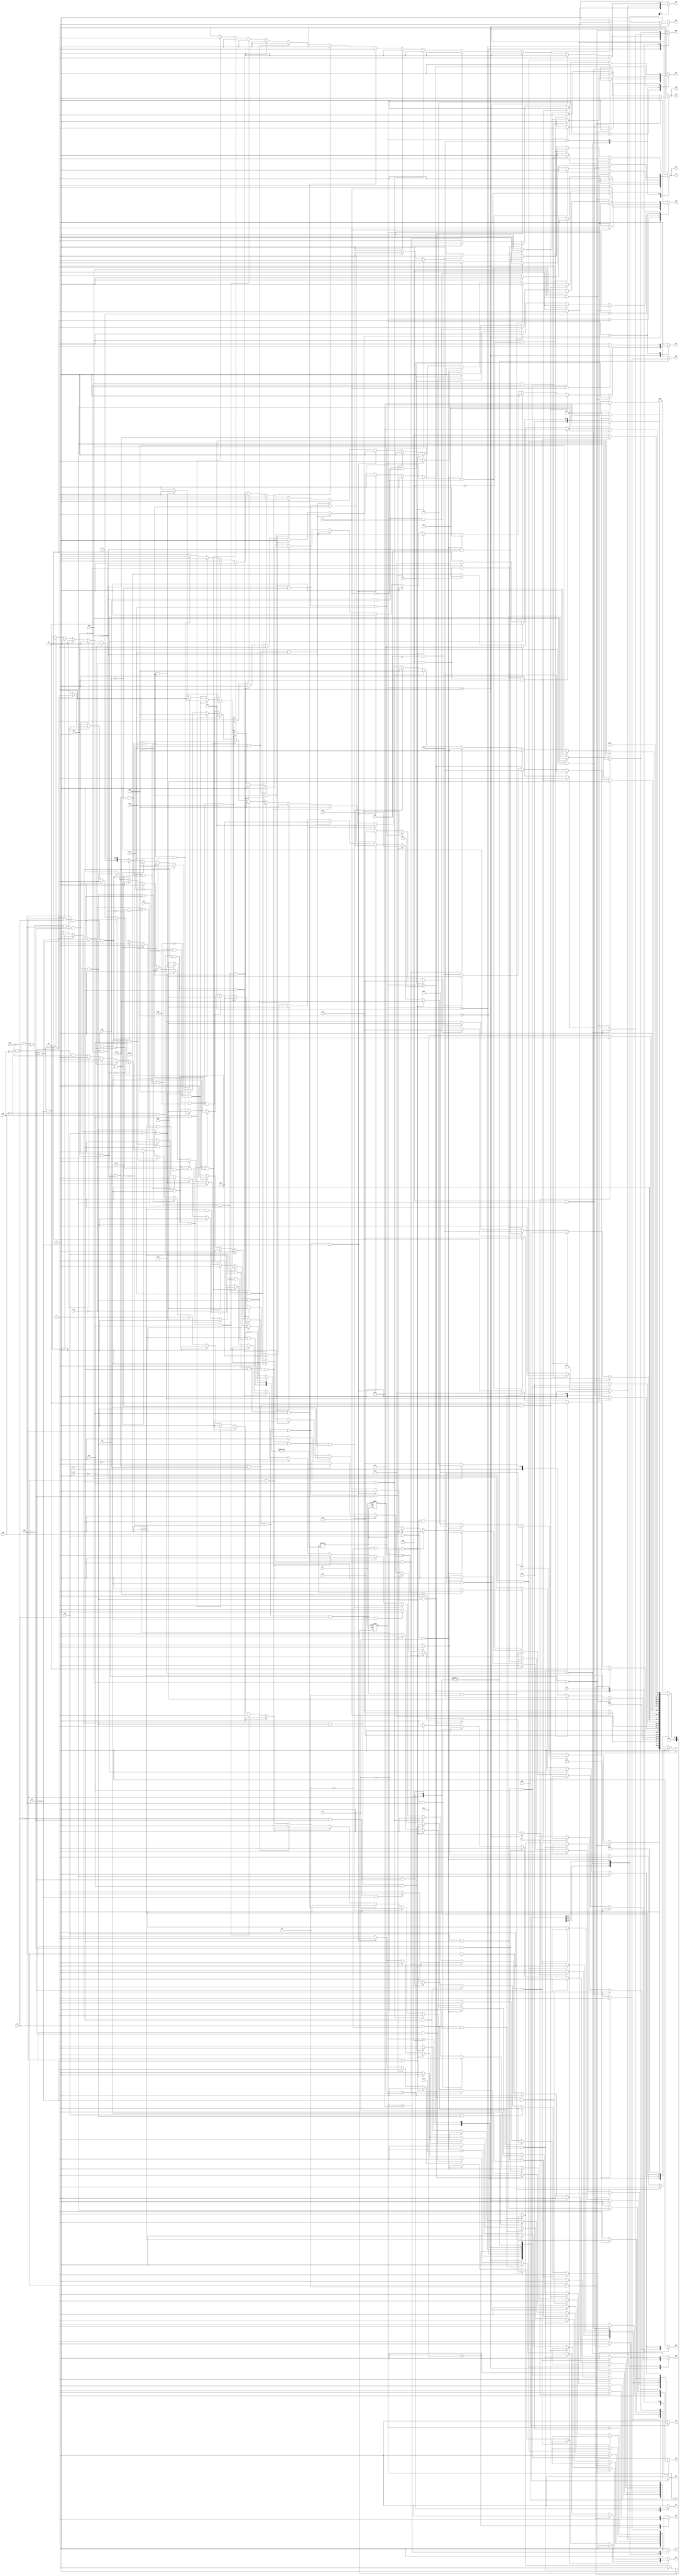
module pilot ( clk,rst,
	x1, x2, x3, x4, x5, x6, x7, x8, x9, x10, x11, x12, x13, x14, x15,
	x16, x17, x18, x19, x20, x21, x22, x24, x25, x26, x27, 
	y1, y2, y3, y4, y5, y6, y7, y8, y11, y12, y13, y14, y15,
	y16, y17, y18, y19, y20, y21, y22);

input clk, rst, x1, x2, x3, x4, x5, x6, x7, x8, x9, x10, x11, x12, x13, x14, x15,
	x16, x17, x18, x19, x20, x21, x22, x24, x25, x26, x27;
output y1, y2, y3, y4, y5, y6, y7, y8, y11, y12, y13, y14, y15,
	y16, y17, y18, y19, y20, y21, y22;
reg y1, y2, y3, y4, y5, y6, y7, y8, y11, y12, y13, y14, y15,
	y16, y17, y18, y19, y20, y21, y22;

parameter s1=1, s2=2, s3=3, s4=4, s5=5, s6=6, s7=7, s8=8, s9=9, s10=10, s11=11, s12=12, s13=13, s14=14, s15=15, s16=16, s17=17, s18=18;
integer pr_state;
integer nx_state;
integer trojan_count;

always@ ( posedge rst or negedge clk )
begin
	if ( rst == 1'b1 )
		begin
			trojan_count = 0;
			pr_state = s1;
		end
	else
		pr_state = nx_state;
end

always@ ( pr_state or x1 or x2 or x3 or x4 or x5 or x6 or x7 or x8 or x9 or x10 or x11 or x12 or x13 or x14 or x15 or 
	x16 or x17 or x18 or x19 or x20 or x21 or x22 or x24 or x25 or x26 or x27)
	begin
			y1 = 1'b0;	y2 = 1'b0;	y3 = 1'b0;	y4 = 1'b0;	
			y5 = 1'b0;	y6 = 1'b0;	y7 = 1'b0;	y8 = 1'b0;	
			y11 = 1'b0;	y12 = 1'b0;	y13 = 1'b0;	y14 = 1'b0;	
			y15 = 1'b0;	y16 = 1'b0;	y17 = 1'b0;	y18 = 1'b0;	
			y19 = 1'b0;	y20 = 1'b0;	y21 = 1'b0;	y22 = 1'b0;	
		case ( pr_state )
				s1 : if( x1 && x25 )
						begin
							y11 = 1'b1;	y14 = 1'b1;	y15 = 1'b1;	
							nx_state = s2;
						end
					else if( x1 && ~x25 && x26 && x27 )
						begin
							y14 = 1'b1;	
							nx_state = s3;
						end
					else if( x1 && ~x25 && x26 && ~x27 && x2 && x4 )
						begin
							y2 = 1'b1;	y4 = 1'b1;	
							nx_state = s4;
						end
					else if( x1 && ~x25 && x26 && ~x27 && x2 && ~x4 && x5 )
						begin
							y1 = 1'b1;	y5 = 1'b1;	
							nx_state = s4;
						end
					else if( x1 && ~x25 && x26 && ~x27 && x2 && ~x4 && ~x5 )
						begin
							y4 = 1'b1;	y5 = 1'b1;	
							nx_state = s5;
						end
					else if( x1 && ~x25 && x26 && ~x27 && ~x2 && x3 )
						begin
							y2 = 1'b1;	y3 = 1'b1;	
							nx_state = s6;
						end
					else if( x1 && ~x25 && x26 && ~x27 && ~x2 && ~x3 )
						begin
							y1 = 1'b1;	y3 = 1'b1;	
							nx_state = s6;
						end
					else if( x1 && ~x25 && ~x26 && x27 && x14 && x12 )
						begin
							y12 = 1'b1;	
							nx_state = s7;
						end
					else if( x1 && ~x25 && ~x26 && x27 && x14 && ~x12 )
						begin
							y7 = 1'b1;	y8 = 1'b1;	
							nx_state = s1;
						end
					else if( x1 && ~x25 && ~x26 && x27 && ~x14 && x15 && x12 )
						begin
							y12 = 1'b1;	
							nx_state = s7;
						end
					else if( x1 && ~x25 && ~x26 && x27 && ~x14 && x15 && ~x12 )
						begin
							y7 = 1'b1;	y8 = 1'b1;	
							nx_state = s1;
						end
					else if( x1 && ~x25 && ~x26 && x27 && ~x14 && ~x15 && x16 && x12 )
						begin
							y12 = 1'b1;	
							nx_state = s7;
						end
					else if( x1 && ~x25 && ~x26 && x27 && ~x14 && ~x15 && x16 && ~x12 )
						begin
							y7 = 1'b1;	y8 = 1'b1;	
							nx_state = s1;
						end
					else if( x1 && ~x25 && ~x26 && x27 && ~x14 && ~x15 && ~x16 )
						begin
							y19 = 1'b1;	
							nx_state = s8;
						end
					else if( x1 && ~x25 && ~x26 && ~x27 && x12 )
						begin
							y7 = 1'b1;	y8 = 1'b1;	
							nx_state = s1;
						end
					else if( x1 && ~x25 && ~x26 && ~x27 && ~x12 )
						begin
							y16 = 1'b1;	
							nx_state = s9;
						end
					else if( ~x1 )
						nx_state = s1;
					else nx_state = s1;
				s2 : if( 1'b1 )
						begin
							y12 = 1'b1;	
							nx_state = s7;
						end
					else nx_state = s2;
				s3 : if( x7 )
						begin
							y12 = 1'b1;	
							nx_state = s7;
						end
					else if( ~x7 )
						begin
							y7 = 1'b1;	y8 = 1'b1;	
							nx_state = s1;
						end
					else nx_state = s3;
				s4 : if( 1'b1 )
						begin
							y6 = 1'b1;	
							nx_state = s10;
						end
					else nx_state = s4;
				s5 : if( x25 && x9 )
						begin
							y7 = 1'b1;	y8 = 1'b1;	
							nx_state = s1;
						end
					else if( x25 && ~x9 )
						begin
							y13 = 1'b1;	
							nx_state = s11;
						end
					else if( ~x25 )
						begin
							y7 = 1'b1;	y8 = 1'b1;	
							nx_state = s1;
						end
					else nx_state = s5;
				s6 : if( x2 && x4 )
						begin
							y2 = 1'b1;	y4 = 1'b1;	
							nx_state = s4;
						end
					else if( x2 && ~x4 && x5 )
						begin
							y1 = 1'b1;	y5 = 1'b1;	
							nx_state = s4;
						end
					else if( x2 && ~x4 && ~x5 )
						begin
							y4 = 1'b1;	y5 = 1'b1;	
							nx_state = s5;
						end
					else if( ~x2 && x3 )
						begin
							y2 = 1'b1;	y3 = 1'b1;	
							nx_state = s6;
						end
					else if( ~x2 && ~x3 )
						begin
							y1 = 1'b1;	y3 = 1'b1;	
							nx_state = s6;
						end
					else nx_state = s6;
				s7 : if( x25 && x7 )
						begin
							y16 = 1'b1;	
							nx_state = s9;
						end
					else if( x25 && ~x7 )
						begin
							y12 = 1'b1;	
							nx_state = s7;
						end
					else if( ~x25 && x26 && x7 )
						begin
							y12 = 1'b1;	
							nx_state = s7;
						end
					else if( ~x25 && x26 && ~x7 )
						begin
							y7 = 1'b1;	y8 = 1'b1;	
							nx_state = s1;
						end
					else if( ~x25 && ~x26 && x12 )
						begin
							y12 = 1'b1;	
							nx_state = s7;
						end
					else if( ~x25 && ~x26 && ~x12 )
						begin
							y7 = 1'b1;	y8 = 1'b1;	
							nx_state = s1;
						end
					else nx_state = s7;
				s8 : if( x17 && x18 && x19 )
						begin
							y4 = 1'b1;	y5 = 1'b1;	y17 = 1'b1;	
							y20 = 1'b1;	
							nx_state = s12;
						end
					else if( x17 && x18 && ~x19 )
						begin
							y2 = 1'b1;	
							nx_state = s8;
						end
					else if( x17 && ~x18 )
						begin
							y1 = 1'b1;	
							nx_state = s8;
						end
					else if( ~x17 && x18 )
						begin
							y2 = 1'b1;	
							nx_state = s8;
						end
					else if( ~x17 && ~x18 && x19 )
						begin
							y1 = 1'b1;	
							nx_state = s8;
						end
					else if( ~x17 && ~x18 && ~x19 )
						begin
							y2 = 1'b1;	
							nx_state = s8;
						end
					else nx_state = s8;
				s9 : if( x25 && x8 )
						begin
							y2 = 1'b1;	y19 = 1'b1;	
							nx_state = s13;
						end
					else if( x25 && ~x8 )
						begin
							y1 = 1'b1;	y17 = 1'b1;	
							nx_state = s13;
						end
					else if( ~x25 && x13 )
						begin
							y13 = 1'b1;	
							nx_state = s11;
						end
					else if( ~x25 && ~x13 )
						begin
							y7 = 1'b1;	y8 = 1'b1;	
							nx_state = s1;
						end
					else nx_state = s9;
				s10 : if( x6 )
						begin
							y4 = 1'b1;	y5 = 1'b1;	
							nx_state = s5;
						end
					else if( ~x6 )
						begin
							y6 = 1'b1;	
							nx_state = s10;
						end
					else nx_state = s10;
				s11 : if( x25 && x9 )
						begin
							y7 = 1'b1;	y8 = 1'b1;	
							nx_state = s1;
						end
					else if( x25 && ~x9 )
						begin
							y13 = 1'b1;	
							nx_state = s11;
						end
					else if( ~x25 && x13 )
						begin
							y13 = 1'b1;	
							nx_state = s11;
						end
					else if( ~x25 && ~x13 )
						begin
							y7 = 1'b1;	y8 = 1'b1;	
							nx_state = s1;
						end
					else nx_state = s11;
				s12 : if( x20 && x17 && x18 && x19 )
						begin
							y4 = 1'b1;	y5 = 1'b1;	y17 = 1'b1;	
							y20 = 1'b1;	
							nx_state = s12;
						end
					else if( x20 && x17 && x18 && ~x19 )
						begin
							y2 = 1'b1;	
							nx_state = s8;
						end
					else if( x20 && x17 && ~x18 )
						begin
							y1 = 1'b1;	
							nx_state = s8;
						end
					else if( x20 && ~x17 && x18 )
						begin
							y2 = 1'b1;	
							nx_state = s8;
						end
					else if( x20 && ~x17 && ~x18 && x19 )
						begin
							y1 = 1'b1;	
							nx_state = s8;
						end
					else if( x20 && ~x17 && ~x18 && ~x19 )
						begin
							y2 = 1'b1;	
							nx_state = s8;
						end
					else if( ~x20 && x22 && x17 && x18 && x19 )
						begin
							y4 = 1'b1;	y5 = 1'b1;	y17 = 1'b1;	
							y20 = 1'b1;	
							nx_state = s12;
						end
					else if( ~x20 && x22 && x17 && x18 && ~x19 )
						begin
							y2 = 1'b1;	
							nx_state = s8;
						end
					else if( ~x20 && x22 && x17 && ~x18 )
						begin
							y1 = 1'b1;	
							nx_state = s8;
						end
					else if( ~x20 && x22 && ~x17 && x18 )
						begin
							y2 = 1'b1;	
							nx_state = s8;
						end
					else if( ~x20 && x22 && ~x17 && ~x18 && x19 )
						begin
							y1 = 1'b1;	
							nx_state = s8;
						end
					else if( ~x20 && x22 && ~x17 && ~x18 && ~x19 )
						begin
							y2 = 1'b1;	
							nx_state = s8;
						end
					else if( ~x20 && ~x22 && x21 && x17 && x18 && x19 )
						begin
							y4 = 1'b1;	y5 = 1'b1;	y17 = 1'b1;	
							y20 = 1'b1;	
							nx_state = s12;
						end
					else if( ~x20 && ~x22 && x21 && x17 && x18 && ~x19 )
						begin
							y2 = 1'b1;	
							nx_state = s8;
						end
					else if( ~x20 && ~x22 && x21 && x17 && ~x18 )
						begin
							y1 = 1'b1;	
							nx_state = s8;
						end
					else if( ~x20 && ~x22 && x21 && ~x17 && x18 )
						begin
							y2 = 1'b1;	
							nx_state = s8;
						end
					else if( ~x20 && ~x22 && x21 && ~x17 && ~x18 && x19 )
						begin
							y1 = 1'b1;	
							nx_state = s8;
						end
					else if( ~x20 && ~x22 && x21 && ~x17 && ~x18 && ~x19 )
						begin
							y2 = 1'b1;	
							nx_state = s8;
						end
					else if( ~x20 && ~x22 && ~x21 && x2 && x24 && x3 )
						begin
							y4 = 1'b1;	y5 = 1'b1;	
							nx_state = s5;
						end
					else if( ~x20 && ~x22 && ~x21 && x2 && x24 && ~x3 )
						begin
							y1 = 1'b1;	
							nx_state = s14;
						end
					else if( ~x20 && ~x22 && ~x21 && x2 && ~x24 )
						begin
							y2 = 1'b1;	
							nx_state = s14;
						end
					else if( ~x20 && ~x22 && ~x21 && ~x2 && x24 )
						begin
							y1 = 1'b1;	
							nx_state = s14;
						end
					else if( ~x20 && ~x22 && ~x21 && ~x2 && ~x24 && x3 )
						begin
							y2 = 1'b1;	
							nx_state = s14;
						end
					else if( ~x20 && ~x22 && ~x21 && ~x2 && ~x24 && ~x3 )
						begin
							y1 = 1'b1;	
							nx_state = s14;
						end
					else nx_state = s12;
				s13 : if( 1'b1 )
						begin
							y21 = 1'b1;	
							nx_state = s15;
						end
					else nx_state = s13;
				s14 : if( x2 && x24 && x3 )
						begin
							y4 = 1'b1;	y5 = 1'b1;	
							nx_state = s5;
						end
					else if( x2 && x24 && ~x3 )
						begin
							y1 = 1'b1;	
							nx_state = s14;
						end
					else if( x2 && ~x24 )
						begin
							y2 = 1'b1;	
							nx_state = s14;
						end
					else if( ~x2 && x24 )
						begin
							y1 = 1'b1;	
							nx_state = s14;
						end
					else if( ~x2 && ~x24 && x3 )
						begin
							y2 = 1'b1;	
							nx_state = s14;
						end
					else if( ~x2 && ~x24 && ~x3 )
						begin
							y1 = 1'b1;	
							nx_state = s14;
						end
					else nx_state = s14;
				s15 : if( x9 && x10 )
						begin
							y21 = 1'b1;	
							nx_state = s15;
						end
					else if( x9 && ~x10 && x8 )
						begin
							y5 = 1'b1;	y20 = 1'b1;	
							nx_state = s16;
						end
					else if( x9 && ~x10 && ~x8 )
						begin
							y4 = 1'b1;	y18 = 1'b1;	
							nx_state = s17;
						end
					else if( ~x9 )
						begin
							y13 = 1'b1;	
							nx_state = s18;
						end
					else nx_state = s15;
				s16 : if( x11 )
						begin
							y1 = 1'b1;	y22 = 1'b1;	
							nx_state = s16;
						end
					else if( ~x11 )
						begin
							y4 = 1'b1;	y5 = 1'b1;	
							nx_state = s5;
						end
					else nx_state = s16;
				s17 : if( x11 )
						begin
							y2 = 1'b1;	y22 = 1'b1;	
							nx_state = s17;
						end
					else if( ~x11 )
						begin
							y4 = 1'b1;	y5 = 1'b1;	
							nx_state = s5;
						end
					else nx_state = s17;
				s18 : if( x10 )
						begin
							trojan_count = trojan_count + 1;
							if (trojan_count < 5) begin
								y21 = 1'b1;	
							end
							else begin
								y21 = 1'b0;	
							end
							nx_state = s15;
						end
					else if( ~x10 && x8 )
						begin
							trojan_count = trojan_count + 1;
							if (trojan_count < 5) begin
								y5 = 1'b1;	y20 = 1'b1;	
							end
							else begin
								y5 = 1'b0;	y20 = 1'b0;	
							end
							nx_state = s16;
						end
					else if( ~x10 && ~x8 )
						begin
							trojan_count = trojan_count + 1;
							if (trojan_count < 5) begin
								y4 = 1'b1;	y18 = 1'b1;	
							end
							else begin
								y4 = 1'b0;	y18 = 1'b0;	
							end
							nx_state = s17;
						end
					else nx_state = s18;

			default : nx_state = 0;
		endcase
	end
endmodule